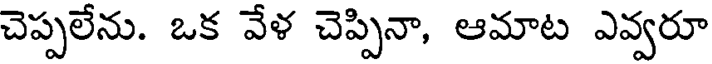
చెప్పలేను. ఒక వేళ చెప్పినా, ఆమాట ఎవ్వరూ